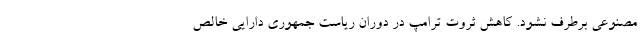
مصنوعی برطرف نشود. کاهش ثروت ترامپ در دوران ریاست جمهوری دارایی خالص